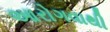
આરોગવાથી